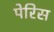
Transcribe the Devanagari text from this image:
पेरिस